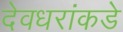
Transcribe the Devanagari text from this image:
देवधरांकडे